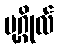
ပုဂ္ဂိုလ်